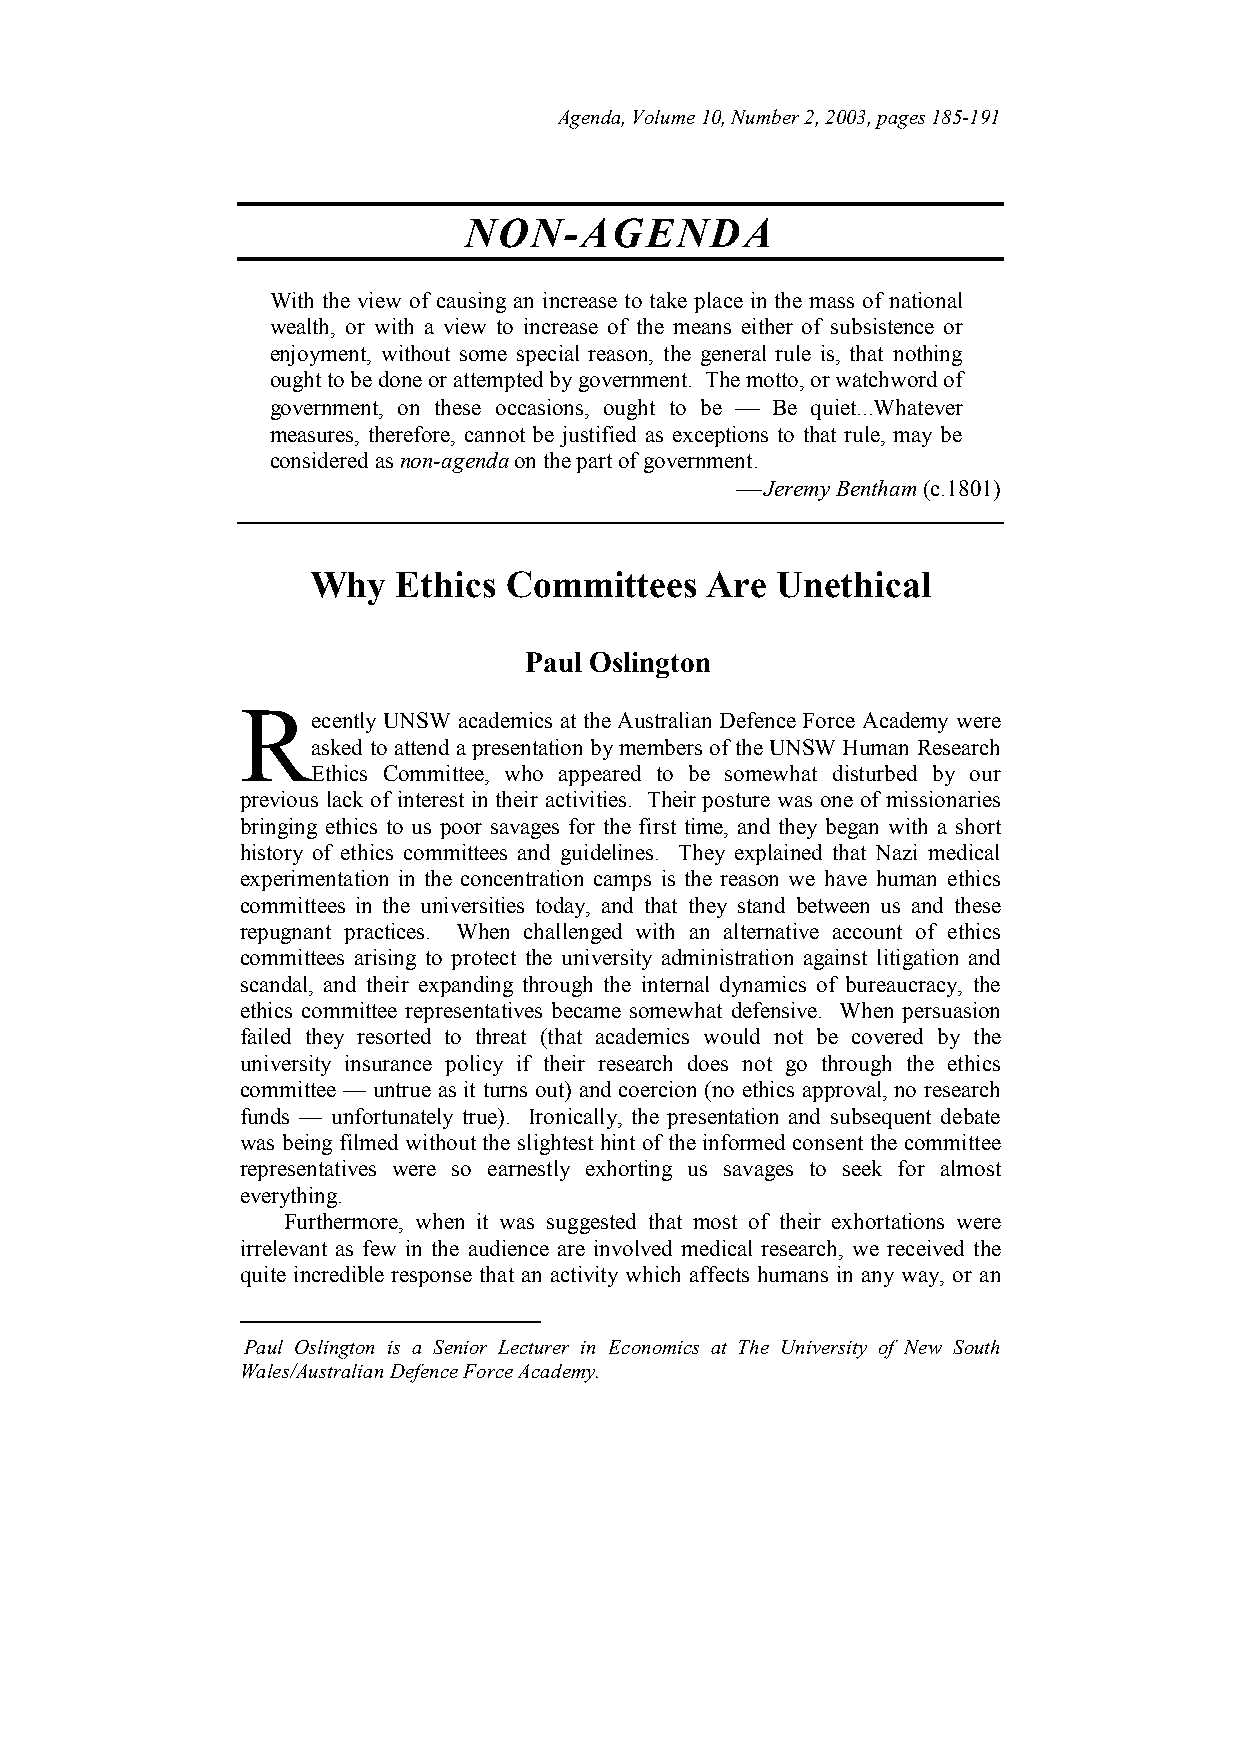
Agenda, Volume 10, Number 2, 2003, pages 185-191
 NON-AGENDA
 With the view of causing an increase to take place in the mass of national
 wealth, or with a view to increase of the means either of subsistence or
 enjoyment, without some special reason, the general rule is, that nothing
 ought to be done or attempted by government. The motto, or watchword of
 government, on these occasions, ought to be  Be quiet...Whatever
 measures, therefore, cannot be justified as exceptions to that rule, may be
 considered as non-agenda on the part of government.
  Jeremy Bentham (c.1801)
 Why   Ethics Committees    Are Unethical
 Paul Oslington
 R
 ecently UNSW academics at the Australian Defence Force Academy were
 asked to attend a presentation by members of the UNSW Human Research
 Ethics Committee, who appeared to be somewhat disturbed by our
 previous lack of interest in their activities. Their posture was one of missionaries
 bringing ethics to us poor savages for the first time, and they began with a short
 history of ethics committees and guidelines. They explained that Nazi medical
 experimentation in the concentration camps is the reason we have human ethics
 committees in the universities today, and that they stand between us and these
 repugnant practices. When challenged with an alternative account of ethics
 committees arising to protect the university administration against litigation and
 scandal, and their expanding through the internal dynamics of bureaucracy, the
 ethics committee representatives became somewhat defensive. When persuasion
 failed they resorted to threat (that academics would not be covered by the
 university insurance policy if their research does not go through the ethics
 committee — untrue as it turns out) and coercion (no ethics approval, no research
 funds — unfortunately true). Ironically, the presentation and subsequent debate
 was being filmed without the slightest hint of the informed consent the committee
 representatives were so earnestly exhorting us savages to seek for almost
 everything.
 Furthermore, when it was suggested that most of their exhortations were
 irrelevant as few in the audience are involved medical research, we received the
 quite incredible response that an activity which affects humans in any way, or an
 Paul Oslington is a Senior Lecturer in Economics at The University of New South
 Wales/Australian Defence Force Academy.